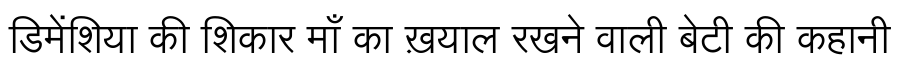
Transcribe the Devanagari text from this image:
डिमेंशिया की शिकार माँ का ख़याल रखने वाली बेटी की कहानी